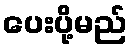
ပေးပို့မည်